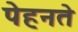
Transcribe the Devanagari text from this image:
पेहनते